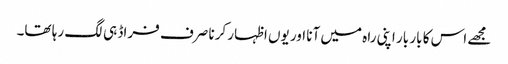
مجھے اس کا بار بار اپنی راہ میں آنا اور یوں اظہار کرنا صرف فراڈ ہی لگ رہا تھا۔